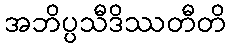
အဘိပ္ပသီဒိဿတီတိ